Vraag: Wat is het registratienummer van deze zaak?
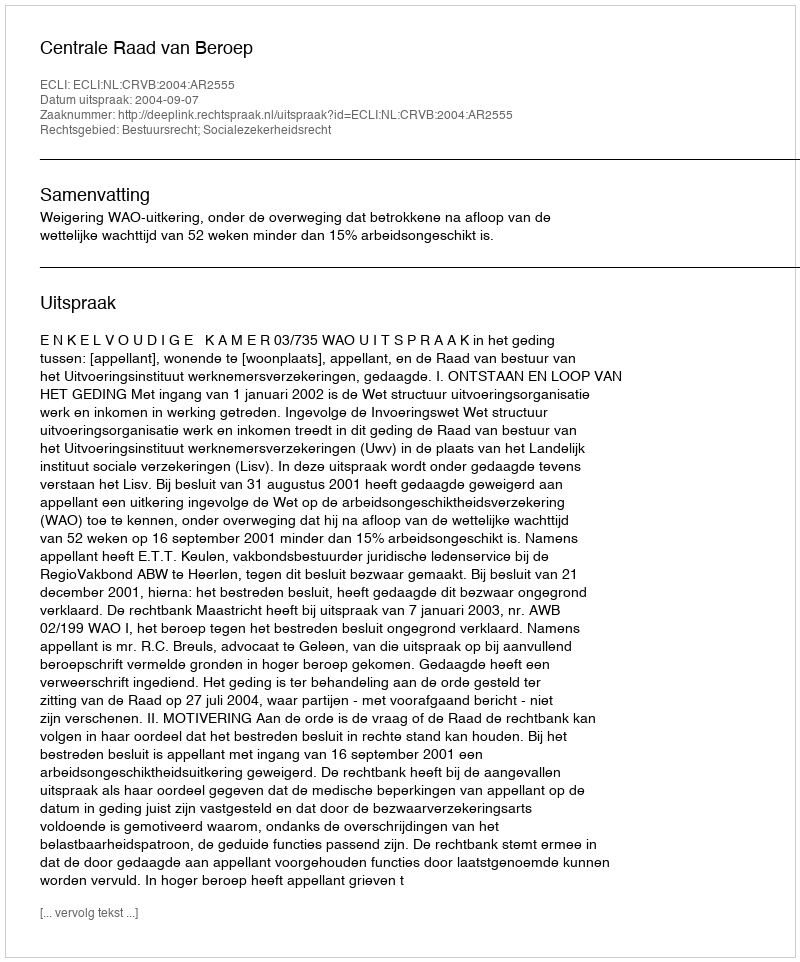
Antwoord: http://deeplink.rechtspraak.nl/uitspraak?id=ECLI:NL:CRVB:2004:AR2555